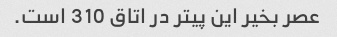
عصر بخیر این پیتر در اتاق 310 است.